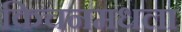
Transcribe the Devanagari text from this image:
किचनमधला